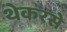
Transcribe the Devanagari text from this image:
थेकरसे